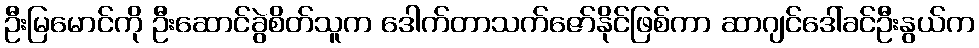
ဦးမြမောင်ကို ဦးဆောင်ခွဲစိတ်သူက ဒေါက်တာသက်ဇော်နိုင်ဖြစ်ကာ ဆာဂျင်ဒေါ်ခင်ဦးနွယ်က